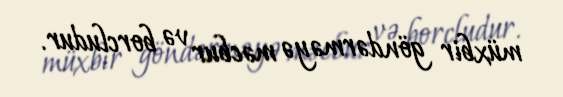
müxbir göndərməyə məcbur və borcludur.